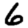
Digit: 6